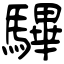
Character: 驆